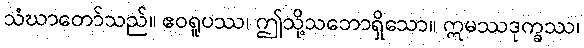
သံဃာတော်သည်။ ဧဝရူပဿ၊ ဤသို့သဘောရှိသော။ ဣမဿဒုက္ခဿ၊